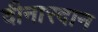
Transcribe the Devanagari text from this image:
दीनारदान